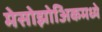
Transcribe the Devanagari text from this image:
मेसोझोअिकमध्ये